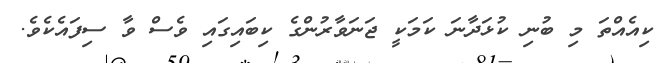
ކިއެއްތަ މި ބުނި ކުޅަދާނަ ކަމަކީ ޖަނަވާރުންގެ ކިބައިގައި ވެސް ވާ ސިފައެކެވެ.